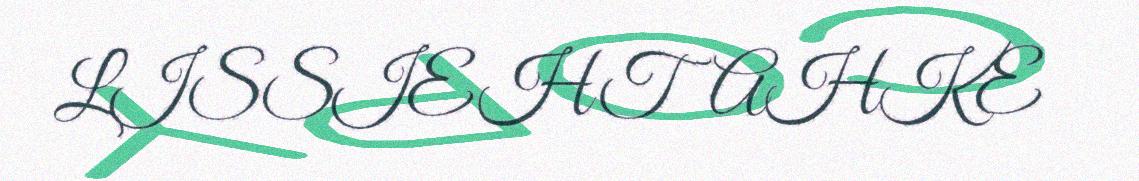
LISSIEHTAHKE